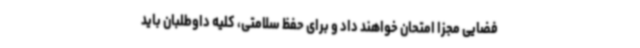
فضایی مجزا امتحان خواهند داد و برای حفظ سلامتی، کلیه داوطلبان باید